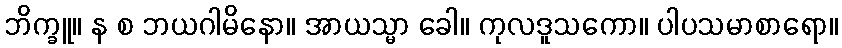
ဘိက္ခူ။ န စ ဘယဂါမိနော။ အာယသ္မာ ခေါ။ ကုလဒူသကော။ ပါပသမာစာရော။